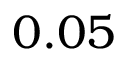
0 . 0 5